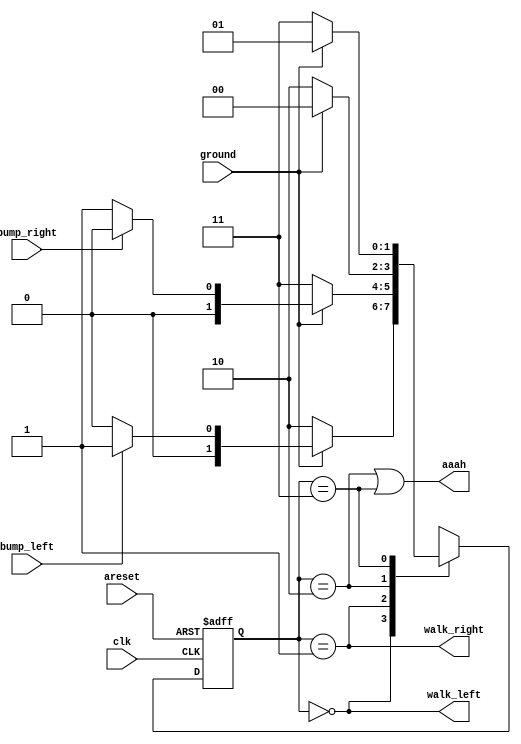
module top_module(
    input clk,
    input areset,    // Freshly brainwashed Lemmings walk left.
    input bump_left,
    input bump_right,
    input ground,
    output walk_left,
    output walk_right,
    output aaah ); 

    parameter left=2'd0, right=2'd1, falll=2'd2, fallr=2'd3;
    reg [1:0]	state, next_state;
    
    always@(*) begin
        case(state)
            left: begin
                if(~ground) 		next_state = falll;
                else if(bump_left)	next_state = right;
                else				next_state = left;
            end
            right: begin
                if(~ground)			next_state = fallr;
                else if(bump_right)	next_state = left;
                else				next_state = right;
            end
            falll: begin
                if(ground)	next_state = left;
                else		next_state = falll;
            end
            fallr: begin
                if(ground)	next_state = right;
                else		next_state = fallr;
            end
        endcase
    end
    
    always@(posedge clk or posedge areset) begin
        if(areset)
            state <= left;
        else
            state <= next_state;
    end
    
    assign	walk_left = (state == left);
    assign	walk_right = (state == right);
    assign	aaah = (state == falll || state == fallr);
    
endmodule